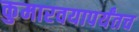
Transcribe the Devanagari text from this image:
कुमारवयापर्यंतच